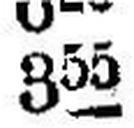
355